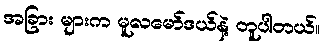
အခြား များက မူလမော်ဒယ်နဲ့ တူပါတယ်။